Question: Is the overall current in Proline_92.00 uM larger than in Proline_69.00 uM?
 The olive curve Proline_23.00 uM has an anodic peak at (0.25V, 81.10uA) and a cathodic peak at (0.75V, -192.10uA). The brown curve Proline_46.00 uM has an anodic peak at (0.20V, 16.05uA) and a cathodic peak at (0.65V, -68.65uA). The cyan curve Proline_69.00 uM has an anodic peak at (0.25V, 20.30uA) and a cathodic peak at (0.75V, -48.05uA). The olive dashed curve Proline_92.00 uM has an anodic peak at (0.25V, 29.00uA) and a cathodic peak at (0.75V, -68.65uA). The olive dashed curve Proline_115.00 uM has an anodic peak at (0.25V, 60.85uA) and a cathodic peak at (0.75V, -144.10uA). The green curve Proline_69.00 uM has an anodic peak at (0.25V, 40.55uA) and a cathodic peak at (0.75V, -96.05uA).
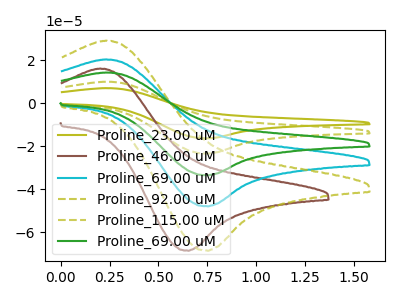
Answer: <think>All the peaks in "Proline_92.00 uM" have a peak in "Proline_69.00 uM" at the same potential. Every peak in "Proline_92.00 uM" is higher than every peak in "Proline_69.00 uM".
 </think>
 <answer>"Proline_92.00 uM" has more signal than "Proline_69.00 uM".</answer>
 <eval>more_signal</eval>